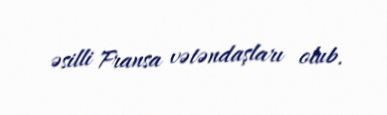
əsilli Fransa vətəndaşları olub.